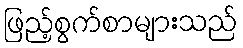
ဖြည့်စွက်စာများသည်